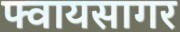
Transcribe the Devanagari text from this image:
फ्वायसागर